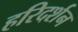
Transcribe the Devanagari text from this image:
हरिदर्शन